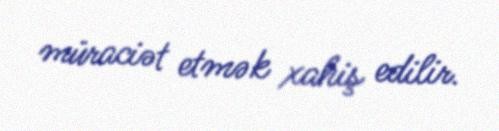
müraciət etmək xahiş edilir.